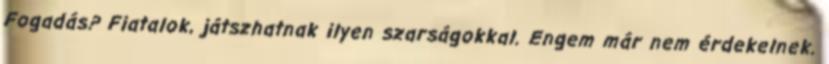
Fogadás? Fiatalok, játszhatnak ilyen szarságokkal. Engem már nem érdekelnek.